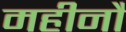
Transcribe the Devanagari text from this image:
महीनौ